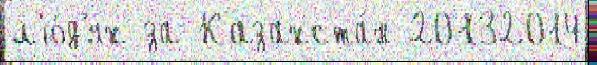
л'ю́д'ях за Казахста́н 20132014